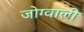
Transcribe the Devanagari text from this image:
जोग्वाली